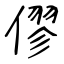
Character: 僇